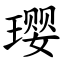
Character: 璎